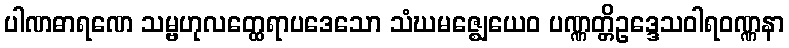
ပါဏဓာရဏေ သမ္ဗဟုလတ္ထေရာပဒေသော သံဃမဇ္ဈေယေဝ ပဏ္ဏတ္တိဥဒ္ဒေသဝါရဝဏ္ဏနာ